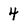
Character: 4